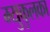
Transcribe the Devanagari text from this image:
म्युकुलका